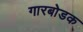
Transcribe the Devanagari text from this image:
गारबोडक